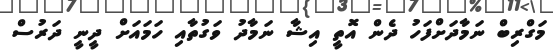
މަގްރިބް ނަމާދަށްފަހު ދެން އޮތީ އިޝާ ނަމާދު ވަގުތާއި ހަމައަށް ދީނީ ދަރުސް